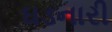
ઘડનારી